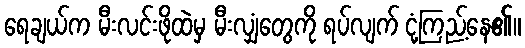
ရေချယ်က မီးလင်းဖိုထဲမှ မီးလျှံတွေကို ရပ်လျက် ငုံ့ကြည့်နေ၏။